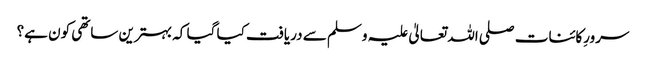
سرورِکائنات صلی اللہ تعالیٰ علیہ وسلم سے دریافت کیا گیا کہ بہترین ساتھی کون ہے؟